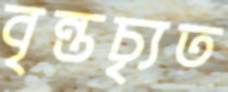
বৃন্তচ্যৃত